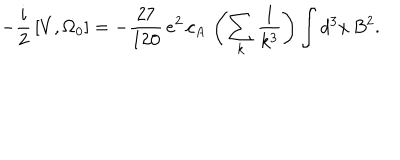
- { \frac { i } { 2 } } \left[ V , \Omega _ { 0 } \right] = - { \frac { 2 7 } { 1 2 0 } } \, e ^ { 2 } \, c _ { A } \, \left( \sum _ { k } { \frac { 1 } { k ^ { 3 } } } \right) \int d ^ { 3 } x \, B ^ { 2 } .